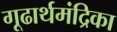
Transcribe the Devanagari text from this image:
गूढार्थमंद्रिका